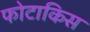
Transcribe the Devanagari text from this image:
फोटाकिस